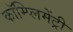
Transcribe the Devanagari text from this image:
कॉम्‍प्‍लिमेंट्री